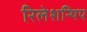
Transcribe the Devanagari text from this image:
रिलेशन्षिप